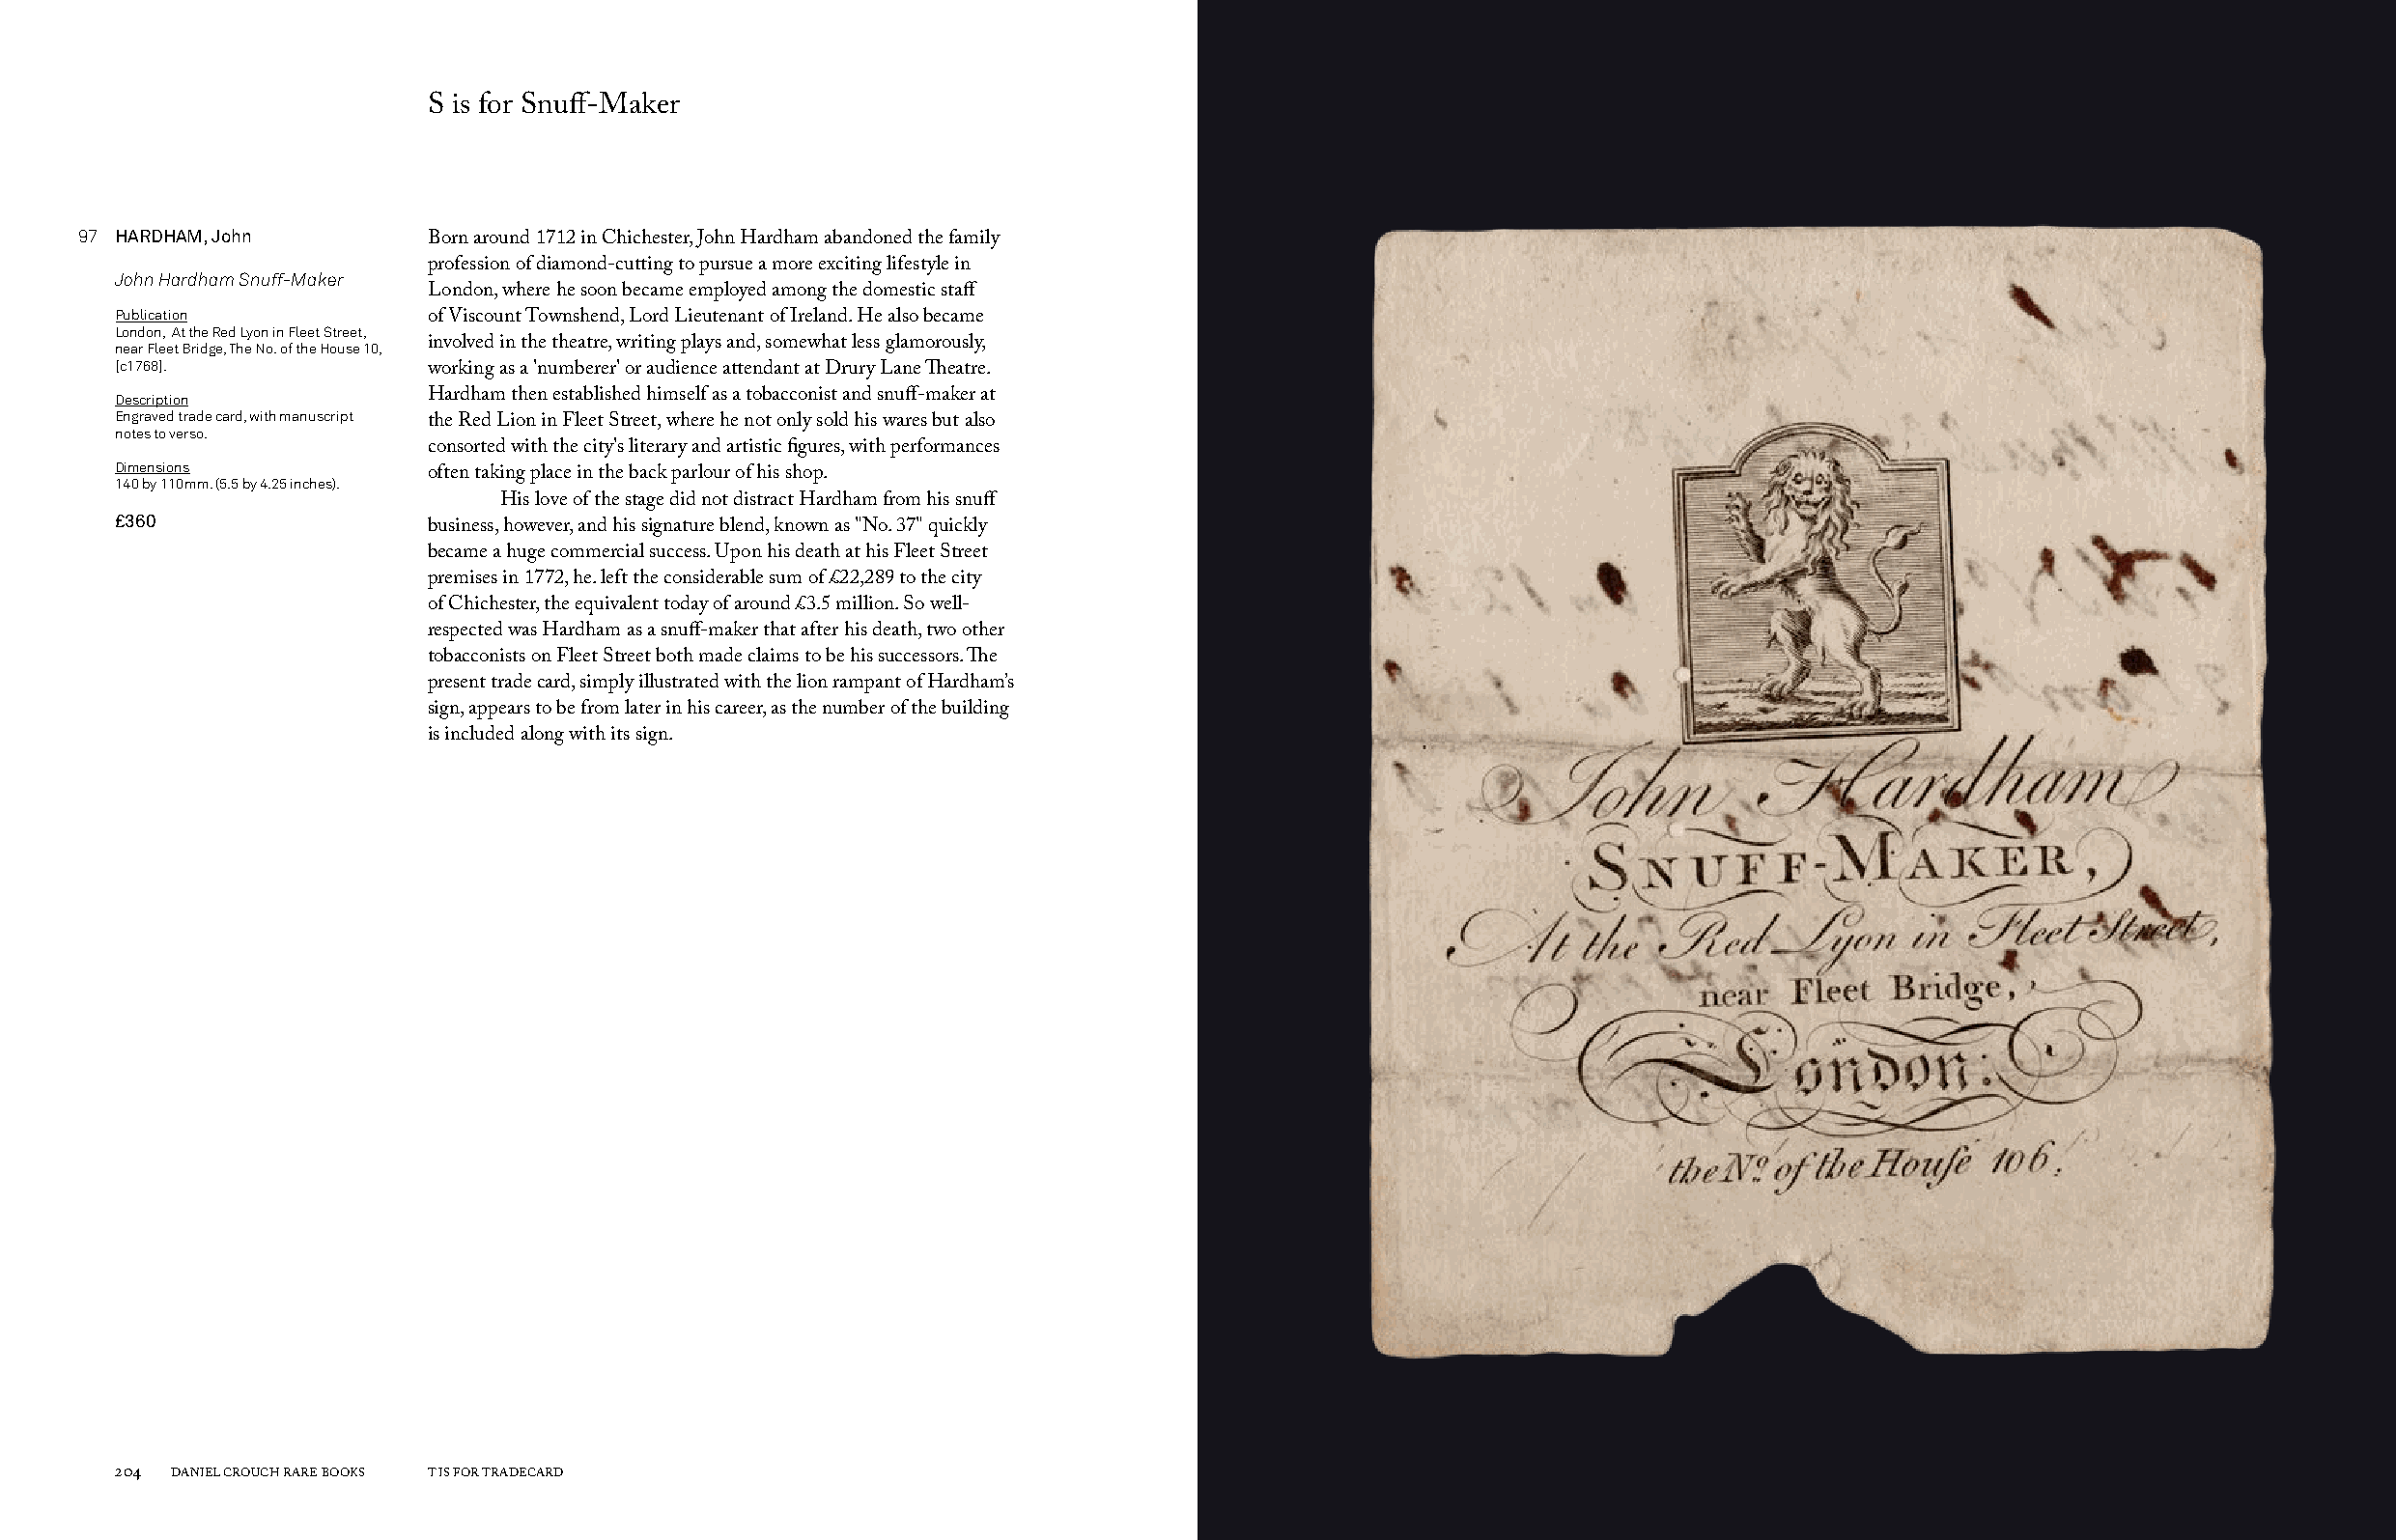
S is for Snuff-Maker
 97 HARDHAM, John
 Born around 1712 in Chichester, John Hardham abandoned the family
 profession of diamond-cutting to pursue a more exciting lifestyle in
 John Hardham Snuff-Maker
 London, where he soon became employed among the domestic staff
 Publication
 of Viscount Townshend, Lord Lieutenant of Ireland. He also became
 London, At the Red Lyon in Fleet Street,
 near Fleet Bridge, The No. of the House 10, involved in the theatre, writing plays and, somewhat less glamorously,
 [c1768].
 working as a 'numberer' or audience attendant at Drury Lane Theatre.
 Description          Hardham then established himself as a tobacconist and snuff-maker at
 Engraved trade card, with manuscript
 the Red Lion in Fleet Street, where he not only sold his wares but also
 notes to verso.
 consorted with the city's literary and artistic figures, with performances
 Dimensions
 140 by 110mm. (5.5 by 4.25 inches). often taking place in the back parlour of his shop.
 His love of the stage did not distract Hardham from his snuff
 £360
 business, however, and his signature blend, known as "No. 37" quickly
 became a huge commercial success. Upon his death at his Fleet Street
 premises in 1772, he. left the considerable sum of £22,289 to the city
 of Chichester, the equivalent today of around £3.5 million. So well-
 respected was Hardham as a snuff-maker that after his death, two other
 tobacconists on Fleet Street both made claims to be his successors. The
 present trade card, simply illustrated with the lion rampant of Hardham’s
 sign, appears to be from later in his career, as the number of the building
 is included along with its sign.
 204 DANIEL CROUCH RARE BOOKS T IS FOR TRADECARD                                                                       T IS FOR TRADECARD DANIEL CROUCH RARE BOOKS 205